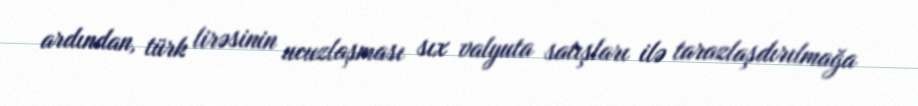
ardından, türk lirəsinin ucuzlaşması sıx valyuta satışları ilə tarazlaşdırılmağa